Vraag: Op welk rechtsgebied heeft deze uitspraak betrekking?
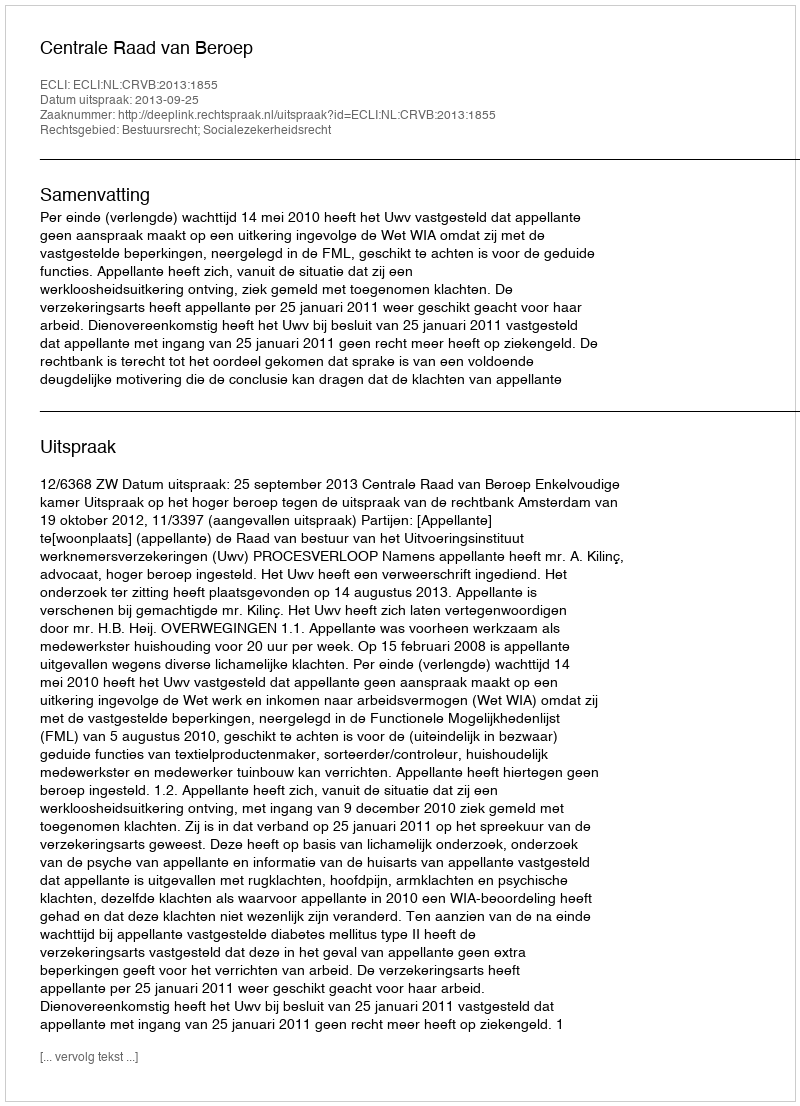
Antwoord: Bestuursrecht; Socialezekerheidsrecht